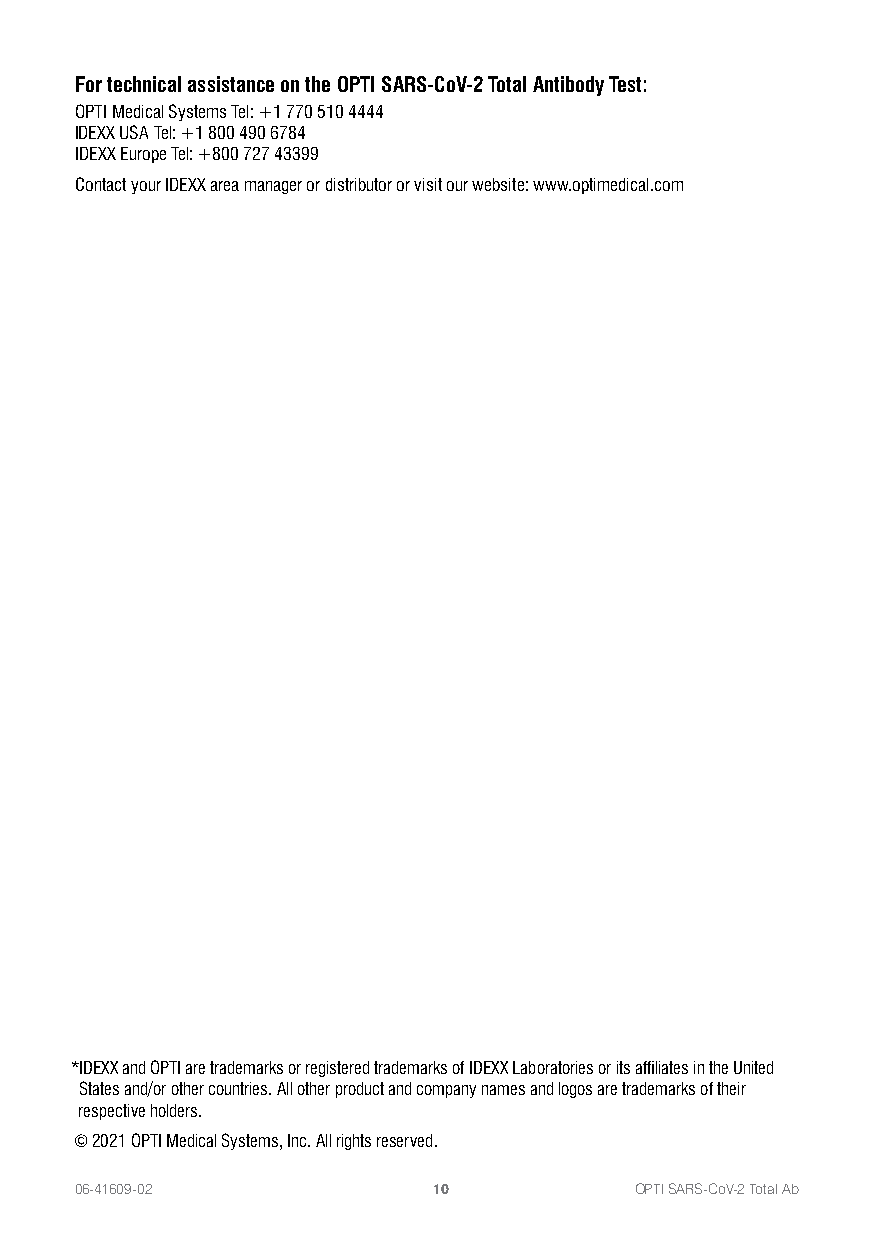
For technical assistance on the OPTI SARS-CoV-2 Total Antibody Test:
 OPTI Medical Systems Tel: +1 770 510 4444
 IDEXX USA Tel: +1 800 490 6784
 IDEXX Europe Tel: +800 727 43399
 Contact your IDEXX area manager or distributor or visit our website: www.optimedical.com
 *IDEXX and OPTI are trademarks or registered trademarks of IDEXX Laboratories or its affiliates in the United
 States and/or other countries. All other product and company names and logos are trademarks of their
 respective holders.
 © 2021 OPTI Medical Systems, Inc. All rights reserved.
 06-41609-02             10           OPTI SARS-CoV-2 Total Ab